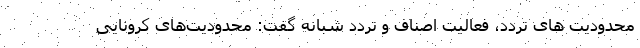
محدودیت های تردد، فعالیت اصناف و تردد شبانه گفت: محدودیت‌های کرونایی